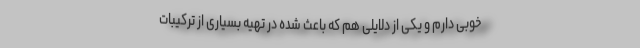
خوبی دارم و یکی از دلایلی هم که باعث شده در تهیه بسیاری از ترکیبات